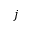
j